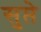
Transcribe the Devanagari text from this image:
सुप्ते